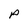
Character: P